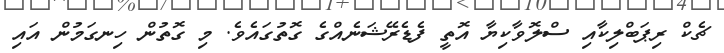
ޗެކް ރިޕަބްލިކާއި ސްލޮވާކިޔާ އޮތީ ފެޑެރޭޝަނެއްގެ ގޮތުގައެވެ. މި ގޮތުން ހިނގަމުން އައި